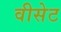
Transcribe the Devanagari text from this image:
वीसेट